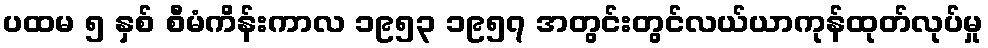
ပထမ ၅ နှစ် စီမံကိန်းကာလ ၁၉၅၃ ၁၉၅၇ အတွင်းတွင်လယ်ယာကုန်ထုတ်လုပ်မှု